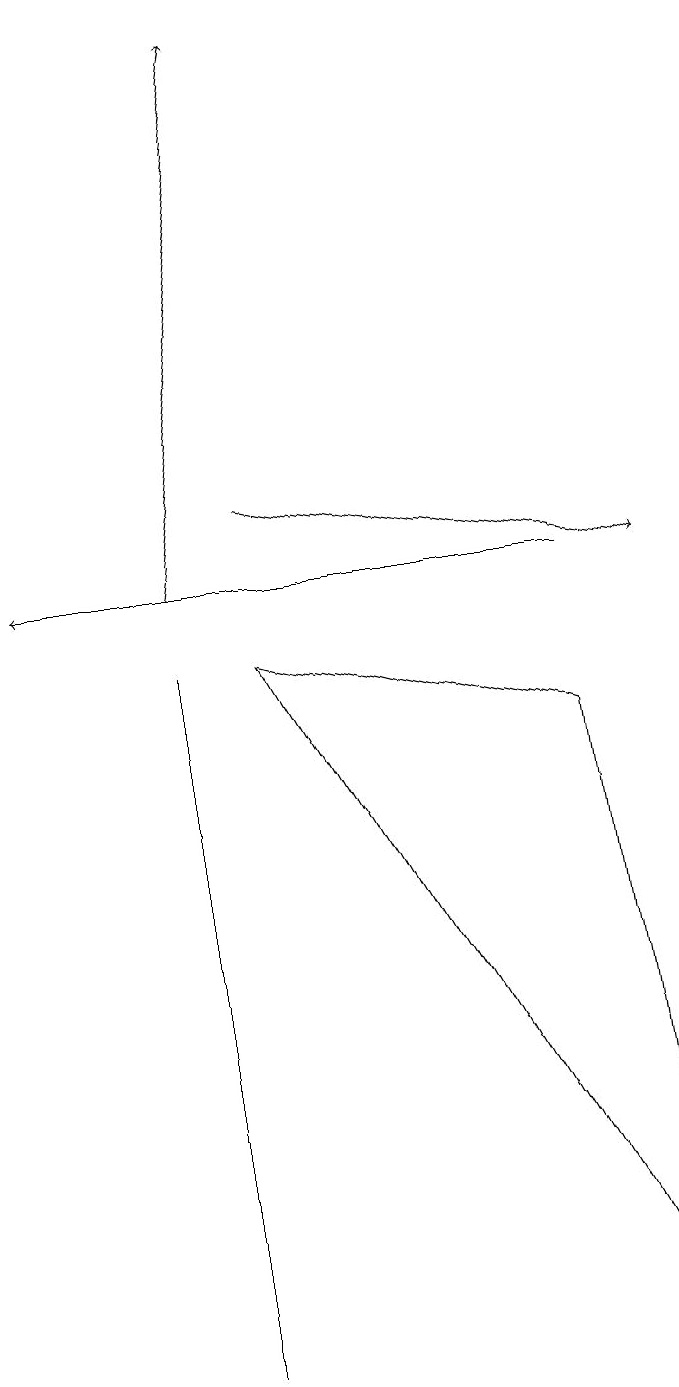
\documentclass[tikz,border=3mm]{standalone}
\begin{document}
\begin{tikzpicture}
\draw[->] (3,11) -- (8,10);
\draw (2,9) -- (2,6) -- (2,0) -- cycle;
\draw (8,0) -- (3,9) -- (7,8) -- cycle;
\draw[->] (7,10) -- (0,10);
\draw[->] (2,10) -- (3,17);
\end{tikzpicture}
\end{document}